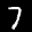
Label: 7